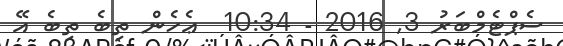
ސެޕްޓެމްބަރު 3